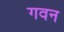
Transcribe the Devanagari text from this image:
गवन